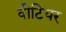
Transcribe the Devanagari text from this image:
वीटियर